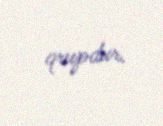
qrupdur.